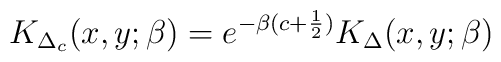
K_{\Delta_c}(x,y;\beta) = e^{- \beta(c+{1\over 2})} K_{\Delta} (x,y;\beta)